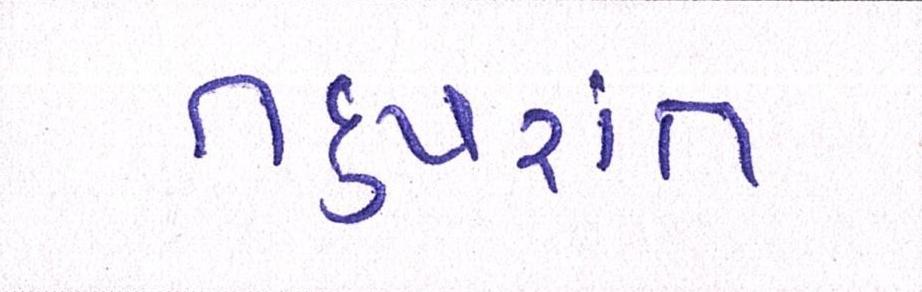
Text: તદુપરાંત